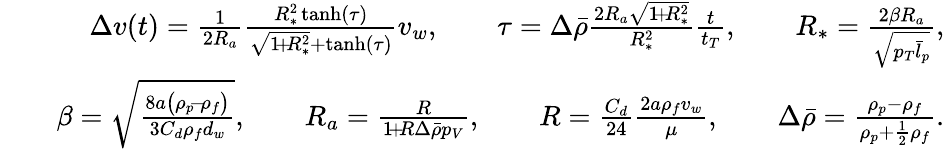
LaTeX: \begin{array}{rlr}&{}&{\Delta{v}(t)=\frac{1}{2R_{a}}\frac{R_{*}^{2}\operatorname{tanh}(\tau)}{\sqrt{1\! +\! R_{*}^{2}}+\operatorname{tanh}(\tau)}v_{w},\qquad\tau=\Delta\bar{\rho}\frac{2R_{a}\sqrt{1\! +\! R_{*}^{2}}}{R_{*}^{2}}\frac{t}{t_{T}},\qquad R_{*}=\frac{2\beta R_{a}}{\sqrt{p_{T}\bar{l}_{p}}},}\\ &{}&{\beta=\sqrt{\frac{8a\bigl(\rho_{p}\! -\! \rho_{f}\bigr)}{3C_{d}\rho_{f}d_{w}}},\qquad R_{a}=\frac{R}{1\! +\! R\Delta\bar{\rho}p_{V}},\qquad R=\frac{C_{d}}{24}\frac{2a\rho_{f}v_{w}}{\mu},\qquad\Delta\bar{\rho}=\frac{\rho_{p}-\rho_{f}}{\rho_{p}+\frac{1}{2}\rho_{f}}.}\end{array}